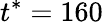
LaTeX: t^{*}=160